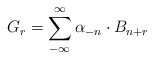
\begin{align*}G_r= \sum^{\infty}_{-\infty}\alpha_{-n}\cdot B_{n+r}\end{align*}